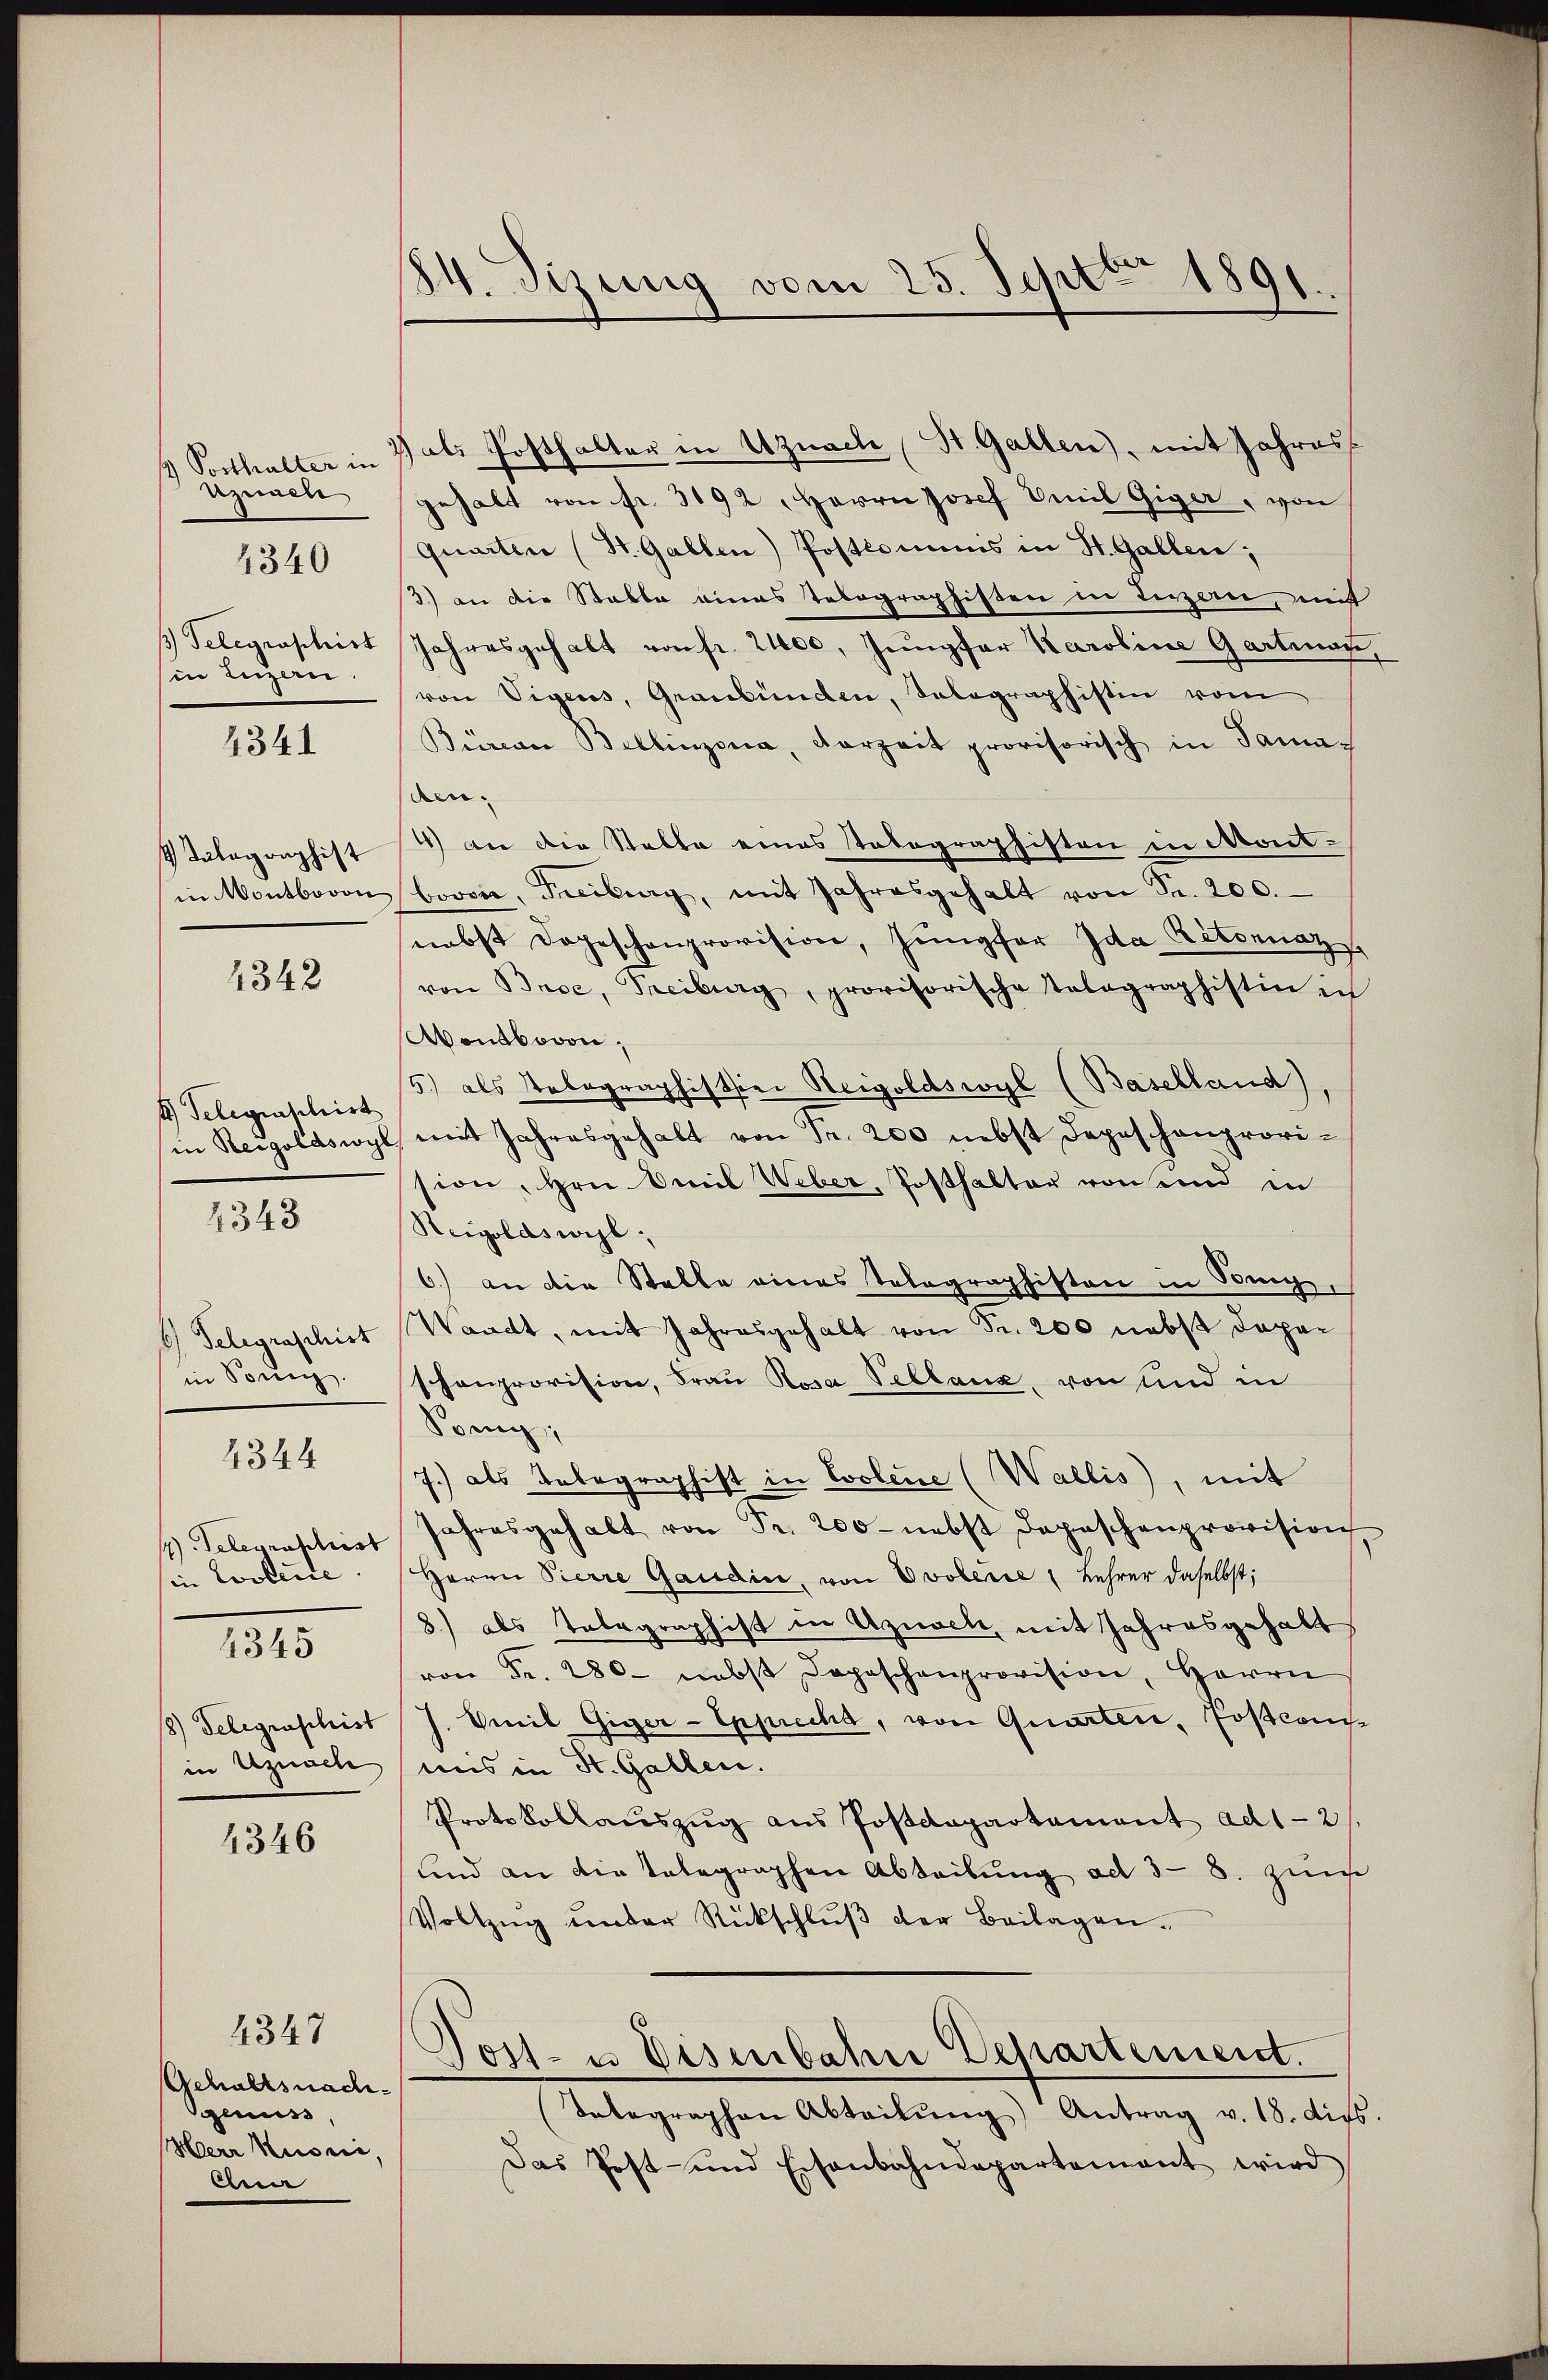
Posthalter in
znach
in Luzern.

4340

4341

4342

t Telegraschirt
4343

in Sonng.
1) Telegraschrist
sin Coolice
4345

4344

4346

2) als Posthalter in Uznach St. Gallen), mit Jahres
gehalt von fr. 3192. Herrn Josef Emil Giger, von
Quarten (St. Gallen) Postkommnis in St. Gallen;
.) an die Stable eines Telographisten in Luzern, mit
 Telegraschirt Jahresgehalt von fr. 2400, Jungfer Karoline Gartinan,
von Vigers, Graubünden, Telegraphistin vom
Büreare Bellinzona, Vorzeit provisorisch in Samaden¬
4 Kategorphist 4 an die Stalle eines Telegraphisten in Montin Montbovon bovon, Freiburg, mit Jahresgehalt von Sr. 200.
nebst dageschenprovision, Jungfer Ida Ritonnaz
von Brce, Treiburg, provisorische Telegraphistin in
Wenbovon,
5) als Telegraphisthier Neigoldswyl (Baselland),
in Reigoldswyl, mit Jahresgehalt von Fr. 200 nebst depeschenprovi-
sion, Hrn. Amil Weber, Posthalter von send in
Reigolaswil.
6) an die Stelle eines Telegraphisten in Sig¬
 Telegraschirt Waadt, mit Jahresgehalt von Fr. 200 nebst doposchenprovision, Frau Rosa Vellanz, von und in
Pomig;
7.) als Telegraphist in Lobene (Wallis, mit
Jahresgehalt von Fr. 200 - nebst Depeschenprovision
Herrn Pierre Gaudin, von Ovolerie Lehrer daselbst,
8.) als Telegraphist in Uznach, mit Jahresgehalt
von Fr. 280. nebst Depeschenprovision, Herrn
8) Delegraschist J. Emil Giger-Epprecht, von Quarten, Posconse
in Uznach uns in St. Gallen.
Protokollauszug aus Postdepartament ad 1-2/
und an die telegraphen Abteibung ad 3 - 8. zum
Vollzŭg ŭnter Rückschlŭβ der Beilagen.
Post- u Eisenbahn Departement.
Integraphen Abteilŭng Antrag v. 18. dies.
Das Post- und Eisenbahndepartement wird

Gehaltsnach¬
Genuss,
Merr Kuoni,
Ana

4347

84. Sizung vom 25. Septbr 1891
.